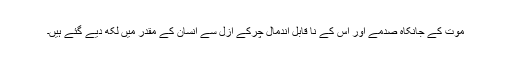
موت کے جانکاہ صدمے اور اس کے نا قابل اندمال چرکے ازل سے انسان کے مقدر میں لکھ دیے گئے ہیں۔